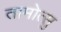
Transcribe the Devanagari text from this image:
तामोत्सु